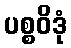
ပစ္စဝိဒုံ